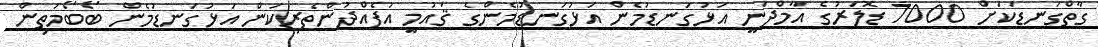
ގާތްގަނޑަކަށް 7000 ޑޮލަރުގެ އާމްދަނީ އަޅުގަނޑުމެން އަޅުގަނޑުމެންގެ ޤައުމީ އުފެއްދުންތެރިކަން އަޅުގަނޑުމެން ބޯބޯމަތިން